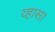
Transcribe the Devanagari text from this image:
व्हासा